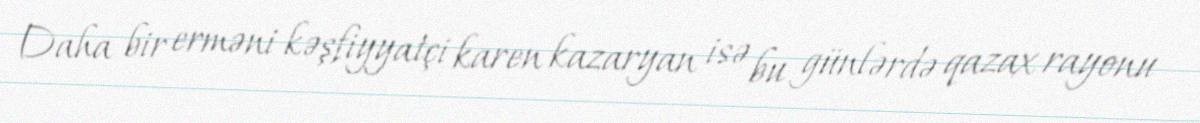
Daha bir erməni kəşfiyyatçi karen kazaryan isə bu günlərdə qazax rayonu